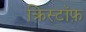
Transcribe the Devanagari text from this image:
क्रिस्टॉफ़